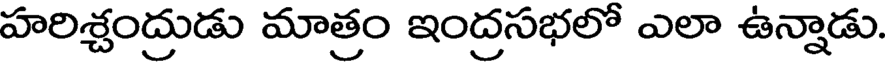
హరిశ్చంద్రుడు మాత్రం ఇంద్రసభలో ఎలా ఉన్నాడు.